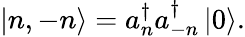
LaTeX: \left|n,-n\right\rangle=a_{n}^{\dagger}a_{-n}^{\dagger}\left|0\right\rangle.